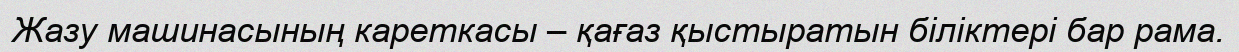
Жазу машинасының кареткасы – қағаз қыстыратын біліктері бар рама.